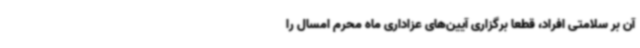
آن بر سلامتی افراد، قطعا برگزاری آیین‌های عزاداری ماه محرم امسال را